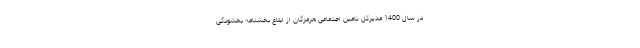
در سال 1400 مدیرکل تامین اجتماعی هرمزگان از ابلاغ بخشنامه بخشودگی